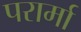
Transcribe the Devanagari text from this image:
परार्मा